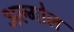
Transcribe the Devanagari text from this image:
अल्गोल